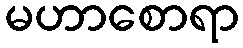
မဟာစောရာ